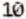
10